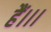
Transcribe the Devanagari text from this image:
हैं।।।